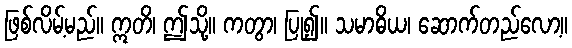
ဖြစ်လိမ့်မည်။ ဣတိ၊ ဤသို့။ ကတွာ၊ ပြု၍။ သမာဓိယ၊ ဆောက်တည်လော့။